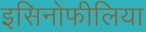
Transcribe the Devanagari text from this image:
इसिनोफीलिया